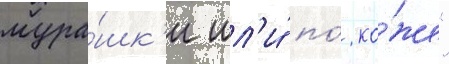
мура́шк'и шл'и́ по́ ко́же"